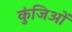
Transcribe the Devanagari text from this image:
कुंजिओं